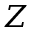
Z